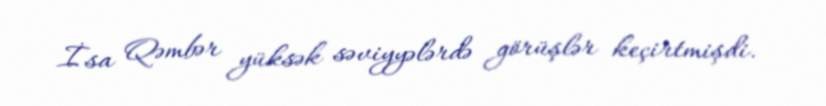
İsa Qəmbər yüksək səviyyələrdə görüşlər keçirtmişdi.